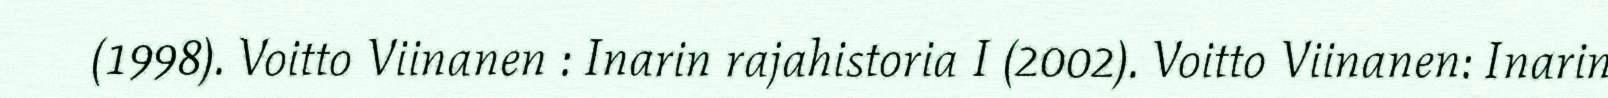
(1998). Voitto Viinanen : Inarin rajahistoria I (2002). Voitto Viinanen: Inarin